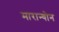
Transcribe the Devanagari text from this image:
मारान्योन